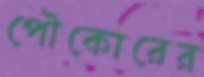
পৌকোরের